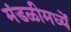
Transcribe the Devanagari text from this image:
मंडळीमध्यें